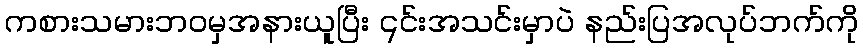
ကစားသမားဘဝမှအနားယူပြီး ၎င်းအသင်းမှာပဲ နည်းပြအလုပ်ဘက်ကို